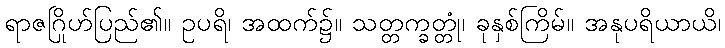
ရာဇဂြိုဟ်ပြည်၏။ ဥပရိ၊ အထက်၌။ သတ္တက္ခတ္တုံ၊ ခုနှစ်ကြိမ်။ အနုပရိယာယိ၊